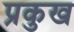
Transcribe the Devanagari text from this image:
प्रकुख